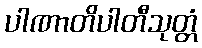
ပါဏာတိပါတီသုတ္တံ